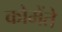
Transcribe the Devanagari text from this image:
कोमेंते